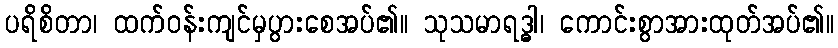
ပရိစိတာ၊ ထက်ဝန်းကျင်မှပွားစေအပ်၏။ သုသမာရဒ္ဓါ၊ ကောင်းစွာအားထုတ်အပ်၏။